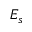
E _ { s }